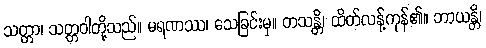
သတ္တာ၊ သတ္တဝါတို့သည်။ မရဏဿ၊ သေခြင်းမှ။ တသန္တိ၊ ထိတ်လန့်ကုန်၏။ ဘာယန္တိ၊